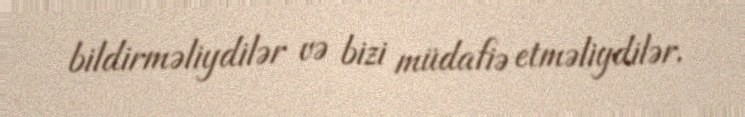
bildirməliydilər və bizi müdafiə etməliydilər.